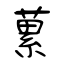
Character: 蔂